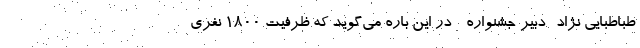
طباطبایی نژاد- دبیر جشنواره - در این باره می‌گوید که ظرفیت ۱۸۰۰ نفری